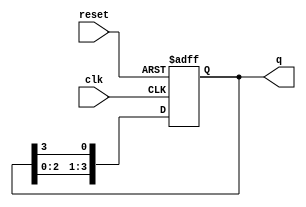
module ring_counter #(
    parameter N = 4  // Parameter to define the number of flip-flops
)(
    input wire clk,       // Clock input
    input wire reset,     // Reset input
    output reg [N-1:0] q // Output representing the current state of the Ring Counter
);

    // Initial state
    initial begin
        q = 1'b1 << (N-1); // Set initial state to 1000...0 for N bits
    end

    // State transition logic
    always @(posedge clk or posedge reset) begin
        if (reset) begin
            q <= 1'b1 << (N-1); // Reset to initial state
        end else begin
            // Shift the '1' to the right with wrapping
            q <= {q[N-2:0], q[N-1]};
        end
    end
endmodule